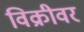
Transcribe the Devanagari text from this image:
विक्रीवर